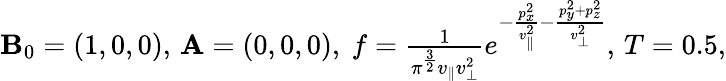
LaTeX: \begin{array}{r}{{\mathbf{B}}_{0}=(1,0,0),\, {\mathbf A}=(0,0,0),\ f=\frac{1}{\pi^{\frac{3}{2}}v_{\parallel}v_{\perp}^{2}}e^{-\frac{p_{x}^{2}}{v_{\parallel}^{2}}-\frac{p_{y}^{2}+p_{z}^{2}}{v_{\perp}^{2}}},\, T=0.5,}\end{array}